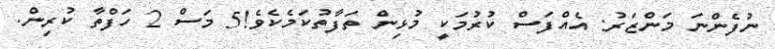
ނުފެންނަ މަންޒަރު: އެއްފަސް ކުރުމަކީ މުޅިން ތަފާތުކަމެކެވެ!5 މަސް 2 ހަފްތާ ކުރިން.